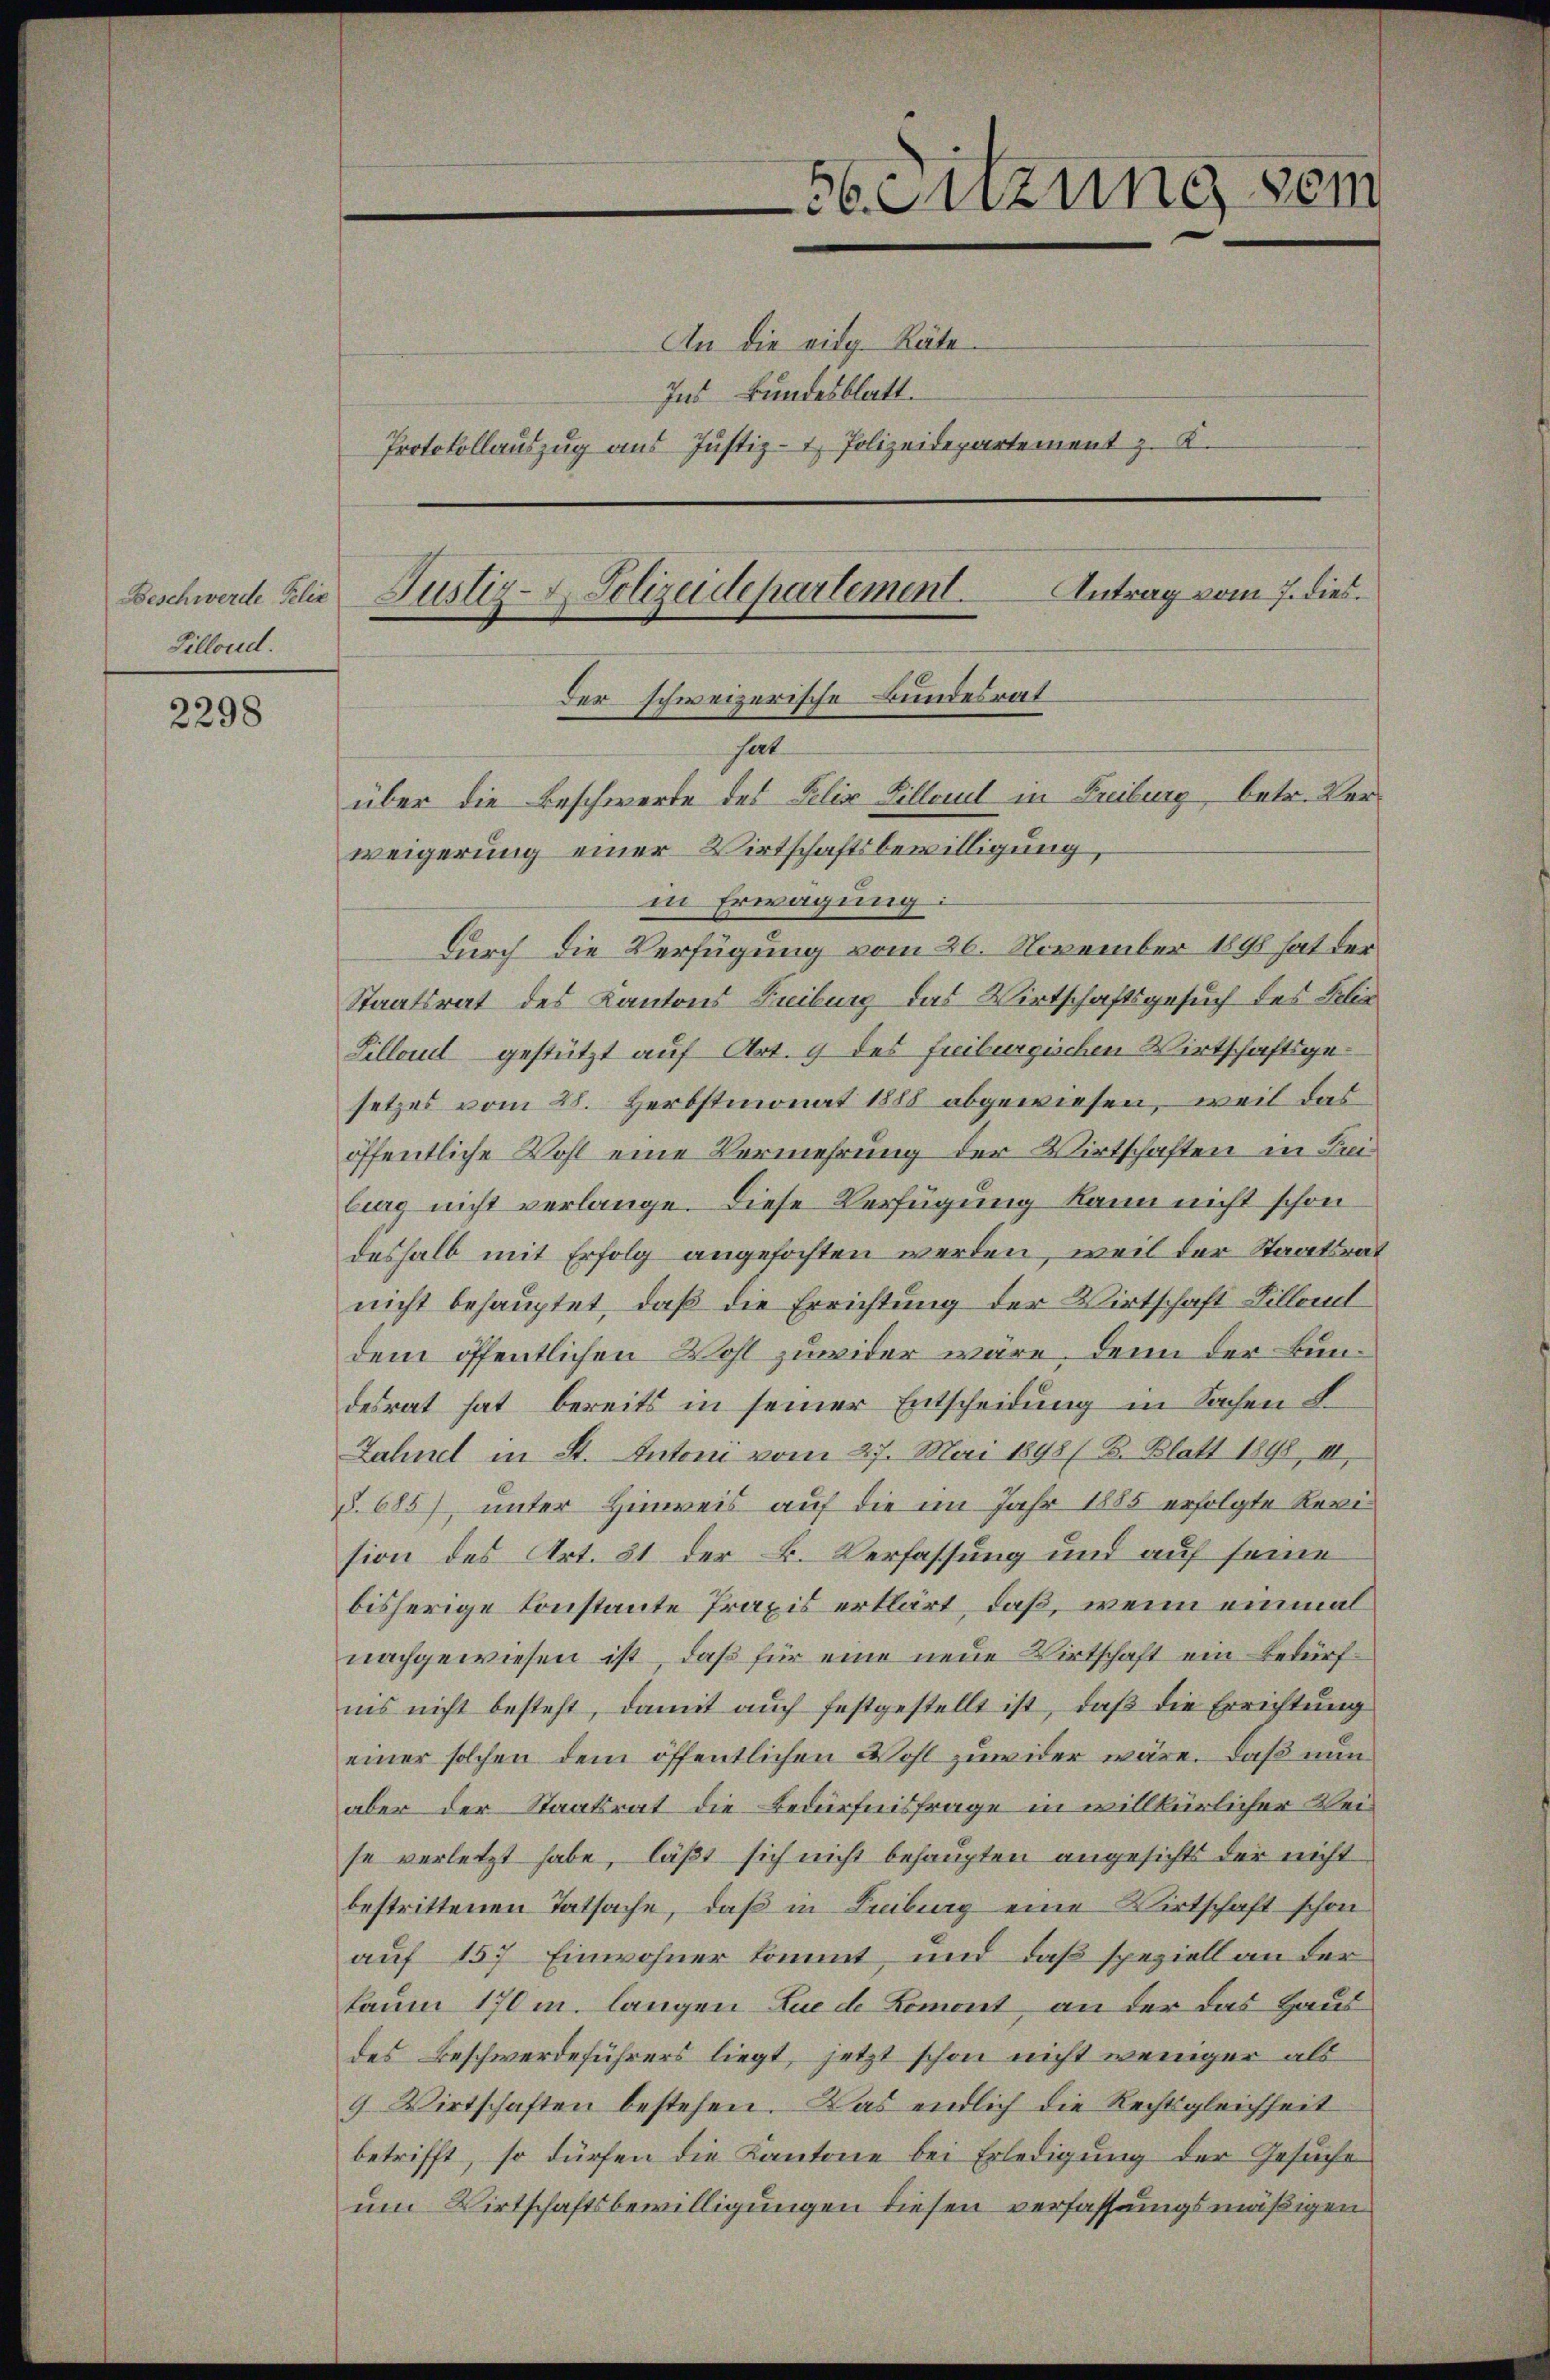
Beschwerde Felix
Zillond.

2298

An die vidg. Räte
Ins Bundesblatt.
Protokollauszug aus Justiz- & Polizeidepartement z. K.

Antrag vom 7. dies
Justiz- & Polizeidepartement.

in Erwägung:
Durch die Verfügung vom 26. November 1898 hat der
Staatsrat des Kantons Freiburg das Wirtschaftsgesuch des Felix
Sillaul gestützt auf Art. 9 des freiburgischen Wirtschaftsgesetzes vom 28. Herbstmonat 1888 abgewiesen, weil das
öffentliche Wohl eine Vermehrung der Wirtschaften in Leiburg nicht verlange. Diese Verfügung kann nicht schon
deshalb mit Erfolg angefochten werden, weil der Staatsrat
nicht behauptet, daß die Errichtung der Wirtschaft Billet
dem öffentlichen Wohl zuwider wäre, denn der Bundesrat hat bereits in seiner Entscheidung in Sachen L.
Zahnel in St. Antoni vom 27. Mai 1898 (B. Blatt 1898, III.
§.685), unter Hinweis auf die im Jahr 1885 erfolgte Revi
sion des Art. 31 der B. Verfassung und auf seine
bisherige Constante Praxis erklärt, daß, wenn einmal
nachgewiesen ist, daß für eine neue Wirtschaft ein Bedürfnis nicht besteht, damit auch festgestellt ist, daß die Errichtung
einer solchen dem öffentlichen Wohl zuwider wäre. Daß nun
aber der Staatsrat die Bedürfnisfrage in willkürlicher Weise verletzt habe, läßt sich nicht behaupten angesichts der nicht
bestrittenen Tatsache, daß in Leiburg eine Wirtschaft schon
auf 157 Einwohner kommt, und daß speziell an der
kaum 170 m. langen Luede Lomont an der das Haus
des Beschwerdeführers liegt, jetzt schon nicht weniger als
9. Wirtschaften bestehen. Das endlich die Rechtsgleichheit
betrifft, so dürfen die Kantone bei Erledigung der Gesuche
um Wirtschaftsbewilligungen diesen verfassungsmäßigen

56Sitzung sein

der schweizerische Bundesrat
hat
über die Beschwerde des Pelix Zillorul in Freiburg, betr. Verweigerung einer Wirtschaftsbewilligung,